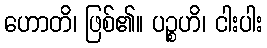
ဟောတိ၊ ဖြစ်၏။ ပဉ္စဟိ၊ ငါးပါး